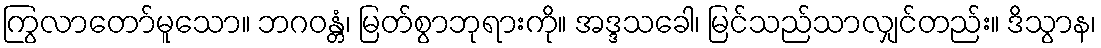
ကြွလာတော်မူသော။ ဘဂဝန္တံ၊ မြတ်စွာဘုရားကို။ အဒ္ဒသခေါ၊ မြင်သည်သာလျှင်တည်း။ ဒိသွာန၊